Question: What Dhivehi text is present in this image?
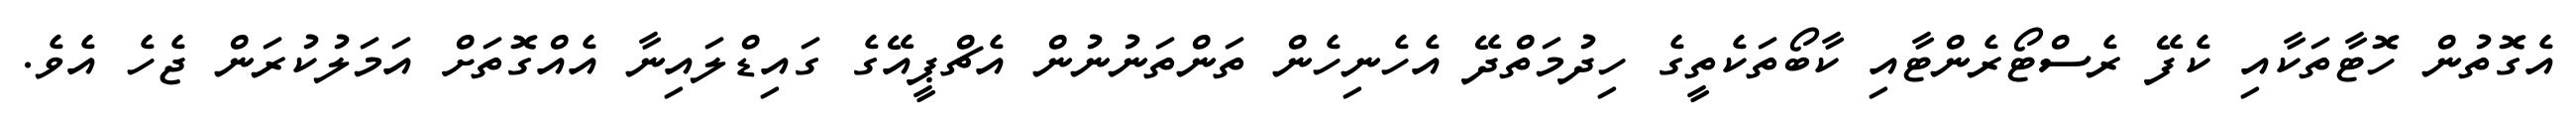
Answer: އެގޮތުން ހޮޓާތަކާއި ކެފޭ ރެސްޓޯރެންޓާއި ކާބޯތަކެތީގެ ހިދުމަތްދޭ އެހެނިހެން ތަންތަނުނުން އެޗްޕީއޭގެ ގައިޑްލައިނާ އެއްގޮތަށް އަމަލުކުރަން ޖެހެ އެވެ.